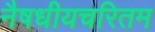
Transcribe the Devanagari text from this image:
नैषधीयचरितम